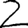
Digit: 2